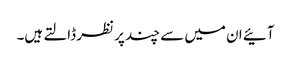
آئیے ان میں سے چند پر نظر ڈالتے ہیں۔